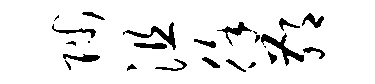
陟沮徐鄙